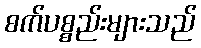
စက်ပစ္စည်းများသည်